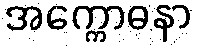
အက္ကောဓနာ